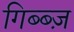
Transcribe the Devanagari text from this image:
गिब्ब्ज़